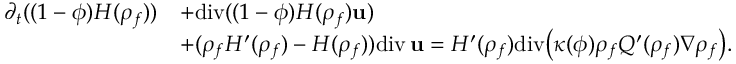
\begin{array} { r l } { \partial _ { t } ( ( 1 - \phi ) { H } ( { \rho } _ { f } ) ) } & { + \mathrm { d i v } ( ( 1 - \phi ) { H } ( { \rho } _ { f } ) { \bf u } ) } \\ & { + ( { \rho } _ { f } { H } ^ { \prime } ( { \rho } _ { f } ) - { H } ( { \rho } _ { f } ) ) \mathrm { d i v } \, { \bf u } = { H } ^ { \prime } ( { \rho } _ { f } ) \mathrm { d i v } \big ( \kappa ( \phi ) { \rho } _ { f } { Q } ^ { \prime } ( { \rho } _ { f } ) \nabla { \rho } _ { f } \big ) . } \end{array}